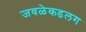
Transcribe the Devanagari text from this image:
जवळेकडलग